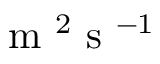
\mathrm { ~ m ~ } ^ { 2 } \mathrm { ~ s ~ } ^ { - 1 }